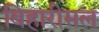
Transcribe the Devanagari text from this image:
बिहारीमल